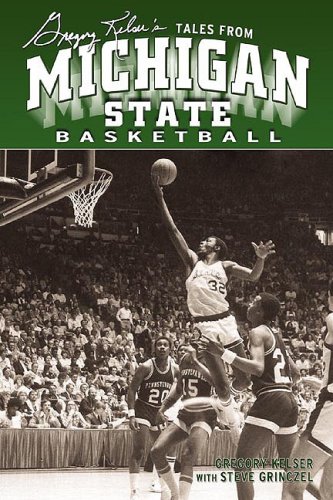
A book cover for Greg Kelser's Tales from Michigan State Basketball; Gregory Kelser; Sports & Outdoors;